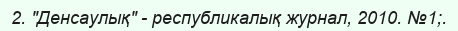
2. "Денсаулық" - республикалық журнал, 2010. №1;.